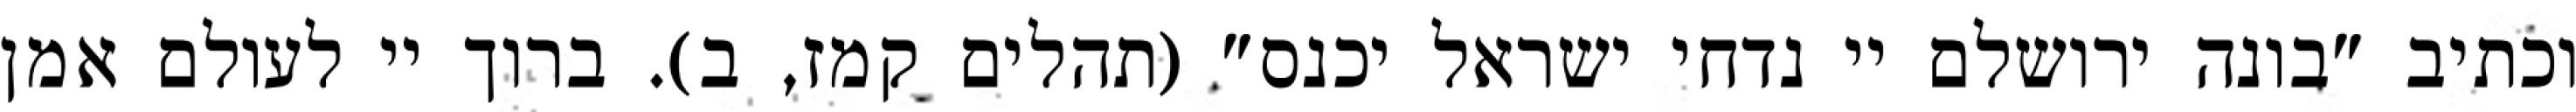
וכתיב "בונה ירושלם יי נדחי ישראל יכנס" (תהלים קמז, ב). ברוך יי לעולם אמן